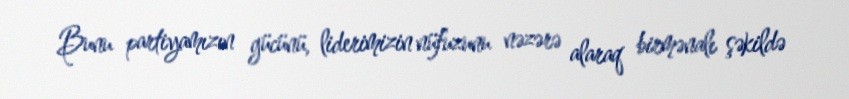
Bunu partiyamızın gücünü, liderimizin nüfuzunu nəzərə alaraq birmənalı şəkildə